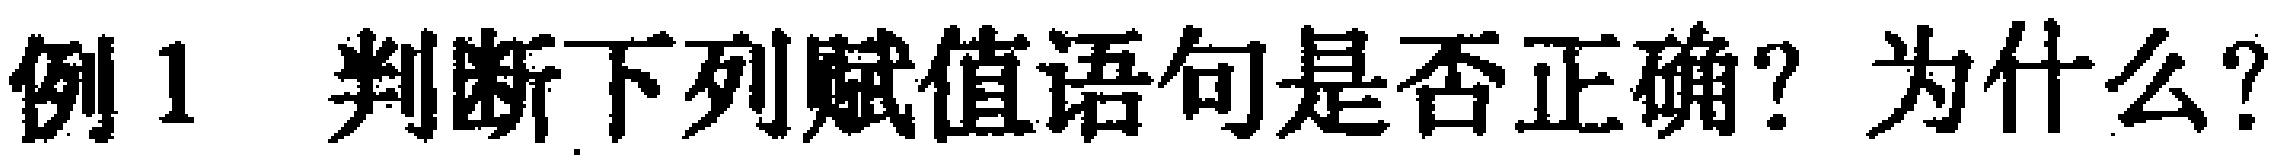
例1 判断下列赋值语句是否正确？为什么？